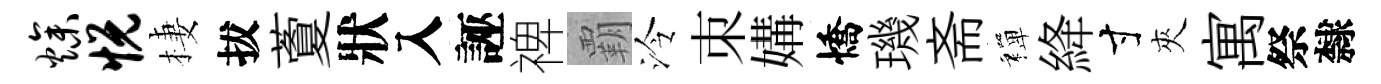
燥悦棲拔藑狀入誣禆覇泠朿媾憍璣斋禪絳寸夾寓祭隸